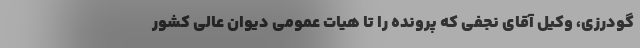
گودرزی، وکیل آقای نجفی که پرونده را تا هیات عمومی دیوان عالی کشور